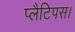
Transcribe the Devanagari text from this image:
प्लैटिपस।